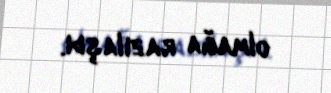
olmağa razılaşdı.